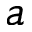
a